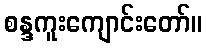
စန္ဒကူးကျောင်းတော်။